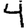
Digit: 4